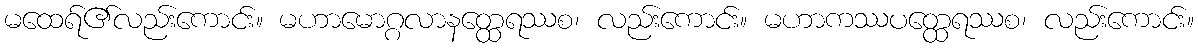
မထေရ်၏လည်းကောင်း။ မဟာမောဂ္ဂလာနတ္ထေရဿစ၊ လည်းကောင်း။ မဟာကဿပတ္ထေရဿစ၊ လည်းကောင်း။